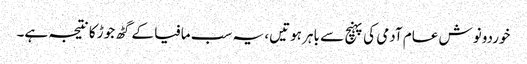
خوردونوش عام آدمی کی پہنچ سے باہر ہوتیں، یہ سب مافیا کے گٹھ جوڑ کا نتیجہ ہے۔